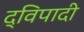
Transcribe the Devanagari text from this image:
द्विपादी